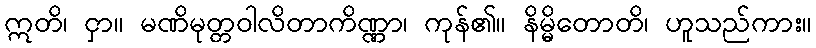
ဣတိ၊ ငှာ။ မဏိမုတ္တဝါလိတာကိဏ္ဏာ၊ ကုန်၏။ နိမ္မိတောတိ၊ ဟူသည်ကား။